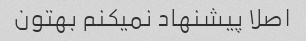
اصلا پیشنهاد نمیکنم بهتون